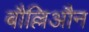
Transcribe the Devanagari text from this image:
बौल्लिऔन